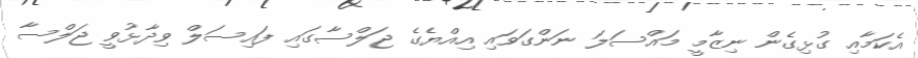
އެކަމާއި ގުޅިގެން ނިޒާމީ މައްސަލަ ނަންގަވައި އިއްޔެގެ ޖަލްސާގައި ފައިސަލް ވިދާޅުވީ ޖަލްސާ